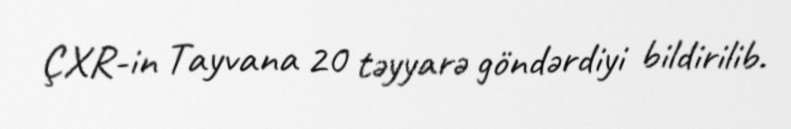
ÇXR-in Tayvana 20 təyyarə göndərdiyi bildirilib.